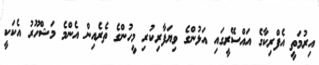
އިރުމަތީ އެފްރިކާގެ އައްސޭރީގައި އަޅުންގެ ވިޔަފާރިކުރި މީހުންގެ ތެރެއިން އެންމެ މަޝްހޫރު އެކަކީ